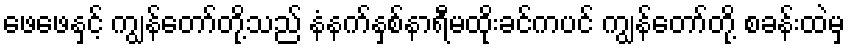
ဖေဖေနှင့် ကျွန်တော်တို့သည် နံနက်နှစ်နာရီမထိုးခင်ကပင် ကျွန်တော်တို့ စခန်းထဲမှ